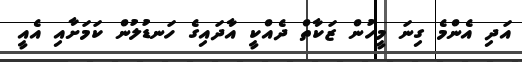
އަދި އެންމެ ގިނަ މީހުން ޒަކާތް ދެއްކީ އާދައިގެ ހަނޑުލުން ކަމަށާއި އެއީ